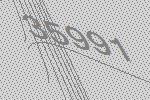
35991